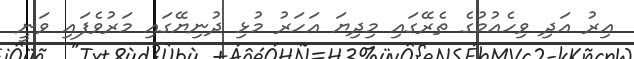
އިރު އަދި ވިހެއުމުގެ ތެރޭގައި މިދިޔަ އަހަރު މުޅި ދުނިޔޭގައި މަރުވެފައި ވަނީ